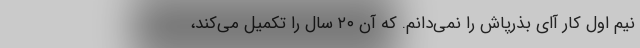
نیم اول کار آًای بذرپاش را نمی‌دانم. که آن ۲۰ سال را تکمیل می‌کند،